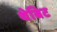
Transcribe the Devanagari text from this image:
थेबिट